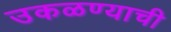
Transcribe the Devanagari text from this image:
उकळण्याची